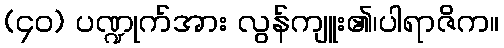
(၄၀) ပဏ္ဍုက်အား လွန်ကျူး၏၊ပါရာဇိက။